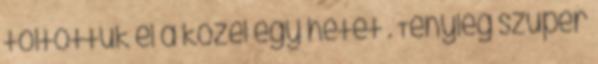
töltöttük el a közel egy hetet . Tényleg szuper